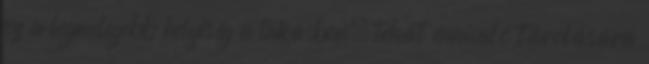
ez a legmelegebb helyiség a lakásban, tehát ennivaló tárolására